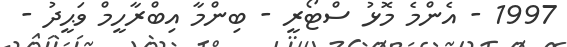
1997 - އެންމެ މޮޅު ސްޓޯރީ - ބިންމާ އިބްރާހީމް ވަޙީދު -